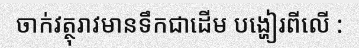
ចាក់វត្ថុរាវមានទឹកជាដើម បង្ហៀរពីលើ :